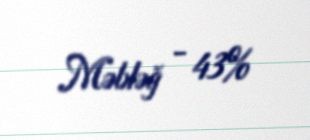
Məbləğ - 43%